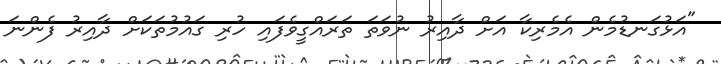
"އަޅުގަނޑުމެން އެމެރިކާ އަށް ދާއިރު ނުވަތަ ތަރައްގީވެފައި ހުރި ގައުމުތަކަށް ދާއިރު ފެންނަ